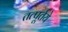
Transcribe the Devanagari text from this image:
तत्पूर्तये